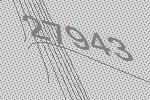
27943